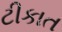
ટીકાત